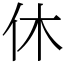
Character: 休